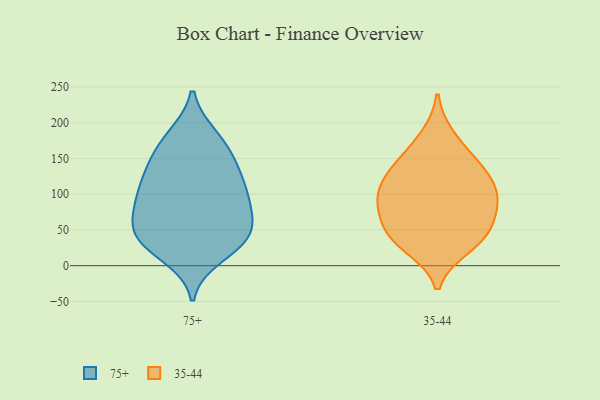
{"axis": {"x": "Bounce Rate (%)", "y": "Value"}, "legend": ["35-44", "75+"], "data": [{"x": "", "y": 113, "type": "75+"}, {"x": "", "y": 28, "type": "75+"}, {"x": "", "y": 40, "type": "75+"}, {"x": "", "y": 105, "type": "75+"}, {"x": "", "y": 156, "type": "75+"}, {"x": "", "y": 134, "type": "75+"}, {"x": "", "y": 64, "type": "75+"}, {"x": "", "y": 13, "type": "75+"}, {"x": "", "y": 34, "type": "75+"}, {"x": "", "y": 66, "type": "75+"}, {"x": "", "y": 102, "type": "75+"}, {"x": "", "y": 182, "type": "75+"}, {"x": "", "y": 41, "type": "75+"}, {"x": "", "y": 34, "type": "75+"}, {"x": "", "y": 133, "type": "75+"}, {"x": "", "y": 182, "type": "75+"}, {"x": "", "y": 74, "type": "75+"}, {"x": "", "y": 157, "type": "75+"}, {"x": "", "y": 75, "type": "75+"}, {"x": "", "y": 101, "type": "75+"}, {"x": "", "y": 146, "type": "35-44"}, {"x": "", "y": 99, "type": "35-44"}, {"x": "", "y": 121, "type": "35-44"}, {"x": "", "y": 37, "type": "35-44"}, {"x": "", "y": 71, "type": "35-44"}, {"x": "", "y": 181, "type": "35-44"}, {"x": "", "y": 98, "type": "35-44"}, {"x": "", "y": 26, "type": "35-44"}, {"x": "", "y": 146, "type": "35-44"}, {"x": "", "y": 49, "type": "35-44"}, {"x": "", "y": 92, "type": "35-44"}, {"x": "", "y": 73, "type": "35-44"}, {"x": "", "y": 37, "type": "35-44"}, {"x": "", "y": 121, "type": "35-44"}]}